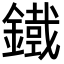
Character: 𮢾